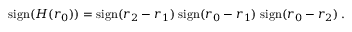
\mathrm { s i g n } ( H ( r _ { 0 } ) ) = \mathrm { s i g n } ( r _ { 2 } - r _ { 1 } ) \; \mathrm { s i g n } ( r _ { 0 } - r _ { 1 } ) \; \mathrm { s i g n } ( r _ { 0 } - r _ { 2 } ) \, .